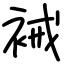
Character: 裓